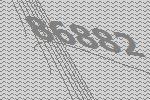
86882